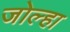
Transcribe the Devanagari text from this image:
जोल्हा